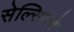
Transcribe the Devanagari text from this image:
सेल्सियचे